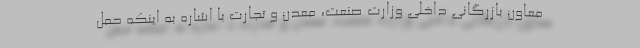
معاون بازرگانی داخلی وزارت صنعت، معدن و تجارت با اشاره به اینکه حمل